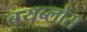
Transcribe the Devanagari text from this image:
बयब्लोस